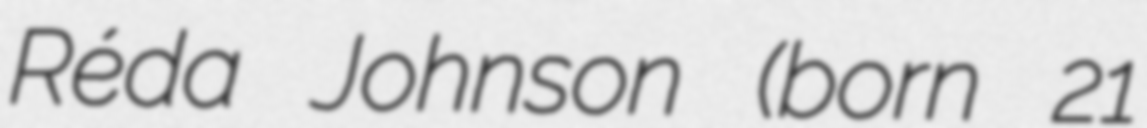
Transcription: Réda Johnson (born 21